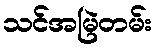
သင်အမြဲတမ်း